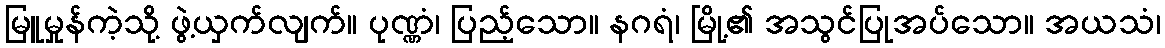
မြူမှုန်ကဲ့သို့ ဖွဲ့ယှက်လျက်။ ပုဏ္ဏံ၊ ပြည့်သော။ နဂရံ၊ မြို့၏ အသွင်ပြုအပ်သော။ အယသံ၊